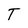
Character: T